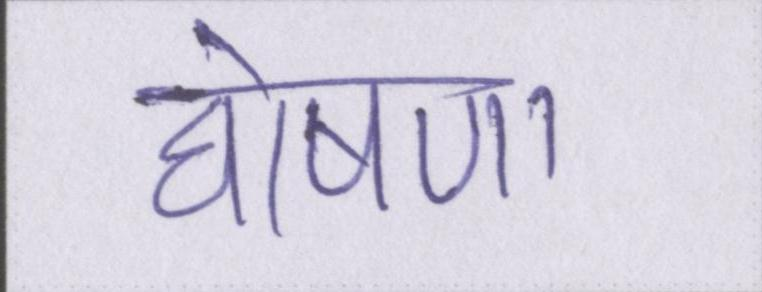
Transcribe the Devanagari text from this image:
घोषणा